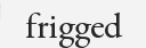
frigged